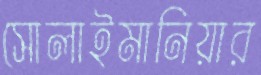
সোলাইমানিয়ার